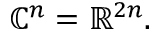
\mathbb { C } ^ { n } = \mathbb { R } ^ { 2 n } .